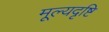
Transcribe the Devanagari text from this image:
मूल्यदृष्टि